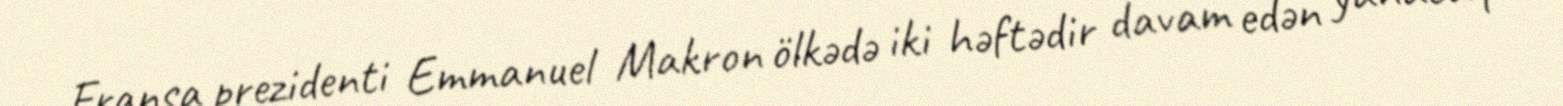
Fransa prezidenti Emmanuel Makron ölkədə iki həftədir davam edən yanacaq